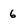
Character: 6